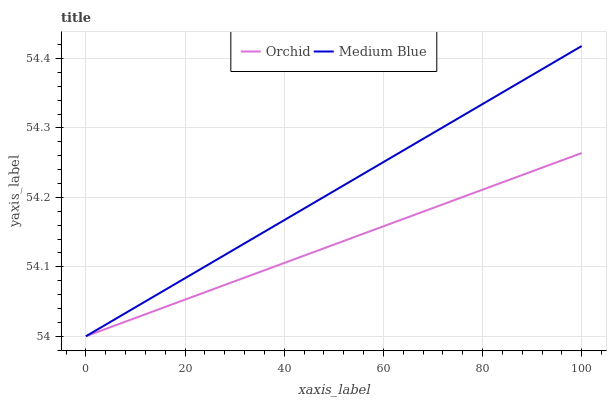
| xaxis_label | Orchid | Medium Blue |
 | --- | --- | --- |
 | 0 | 54 | 54 |
 | 20 | 54.1 | 54.1 |
 | 40 | 54.1 | 54.2 |
 | 60 | 54.2 | 54.3 |
 | 80 | 54.2 | 54.3 |
 | 100 | 54.3 | 54.4 |